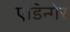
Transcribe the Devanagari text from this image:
एडिन्गेर